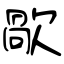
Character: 歄